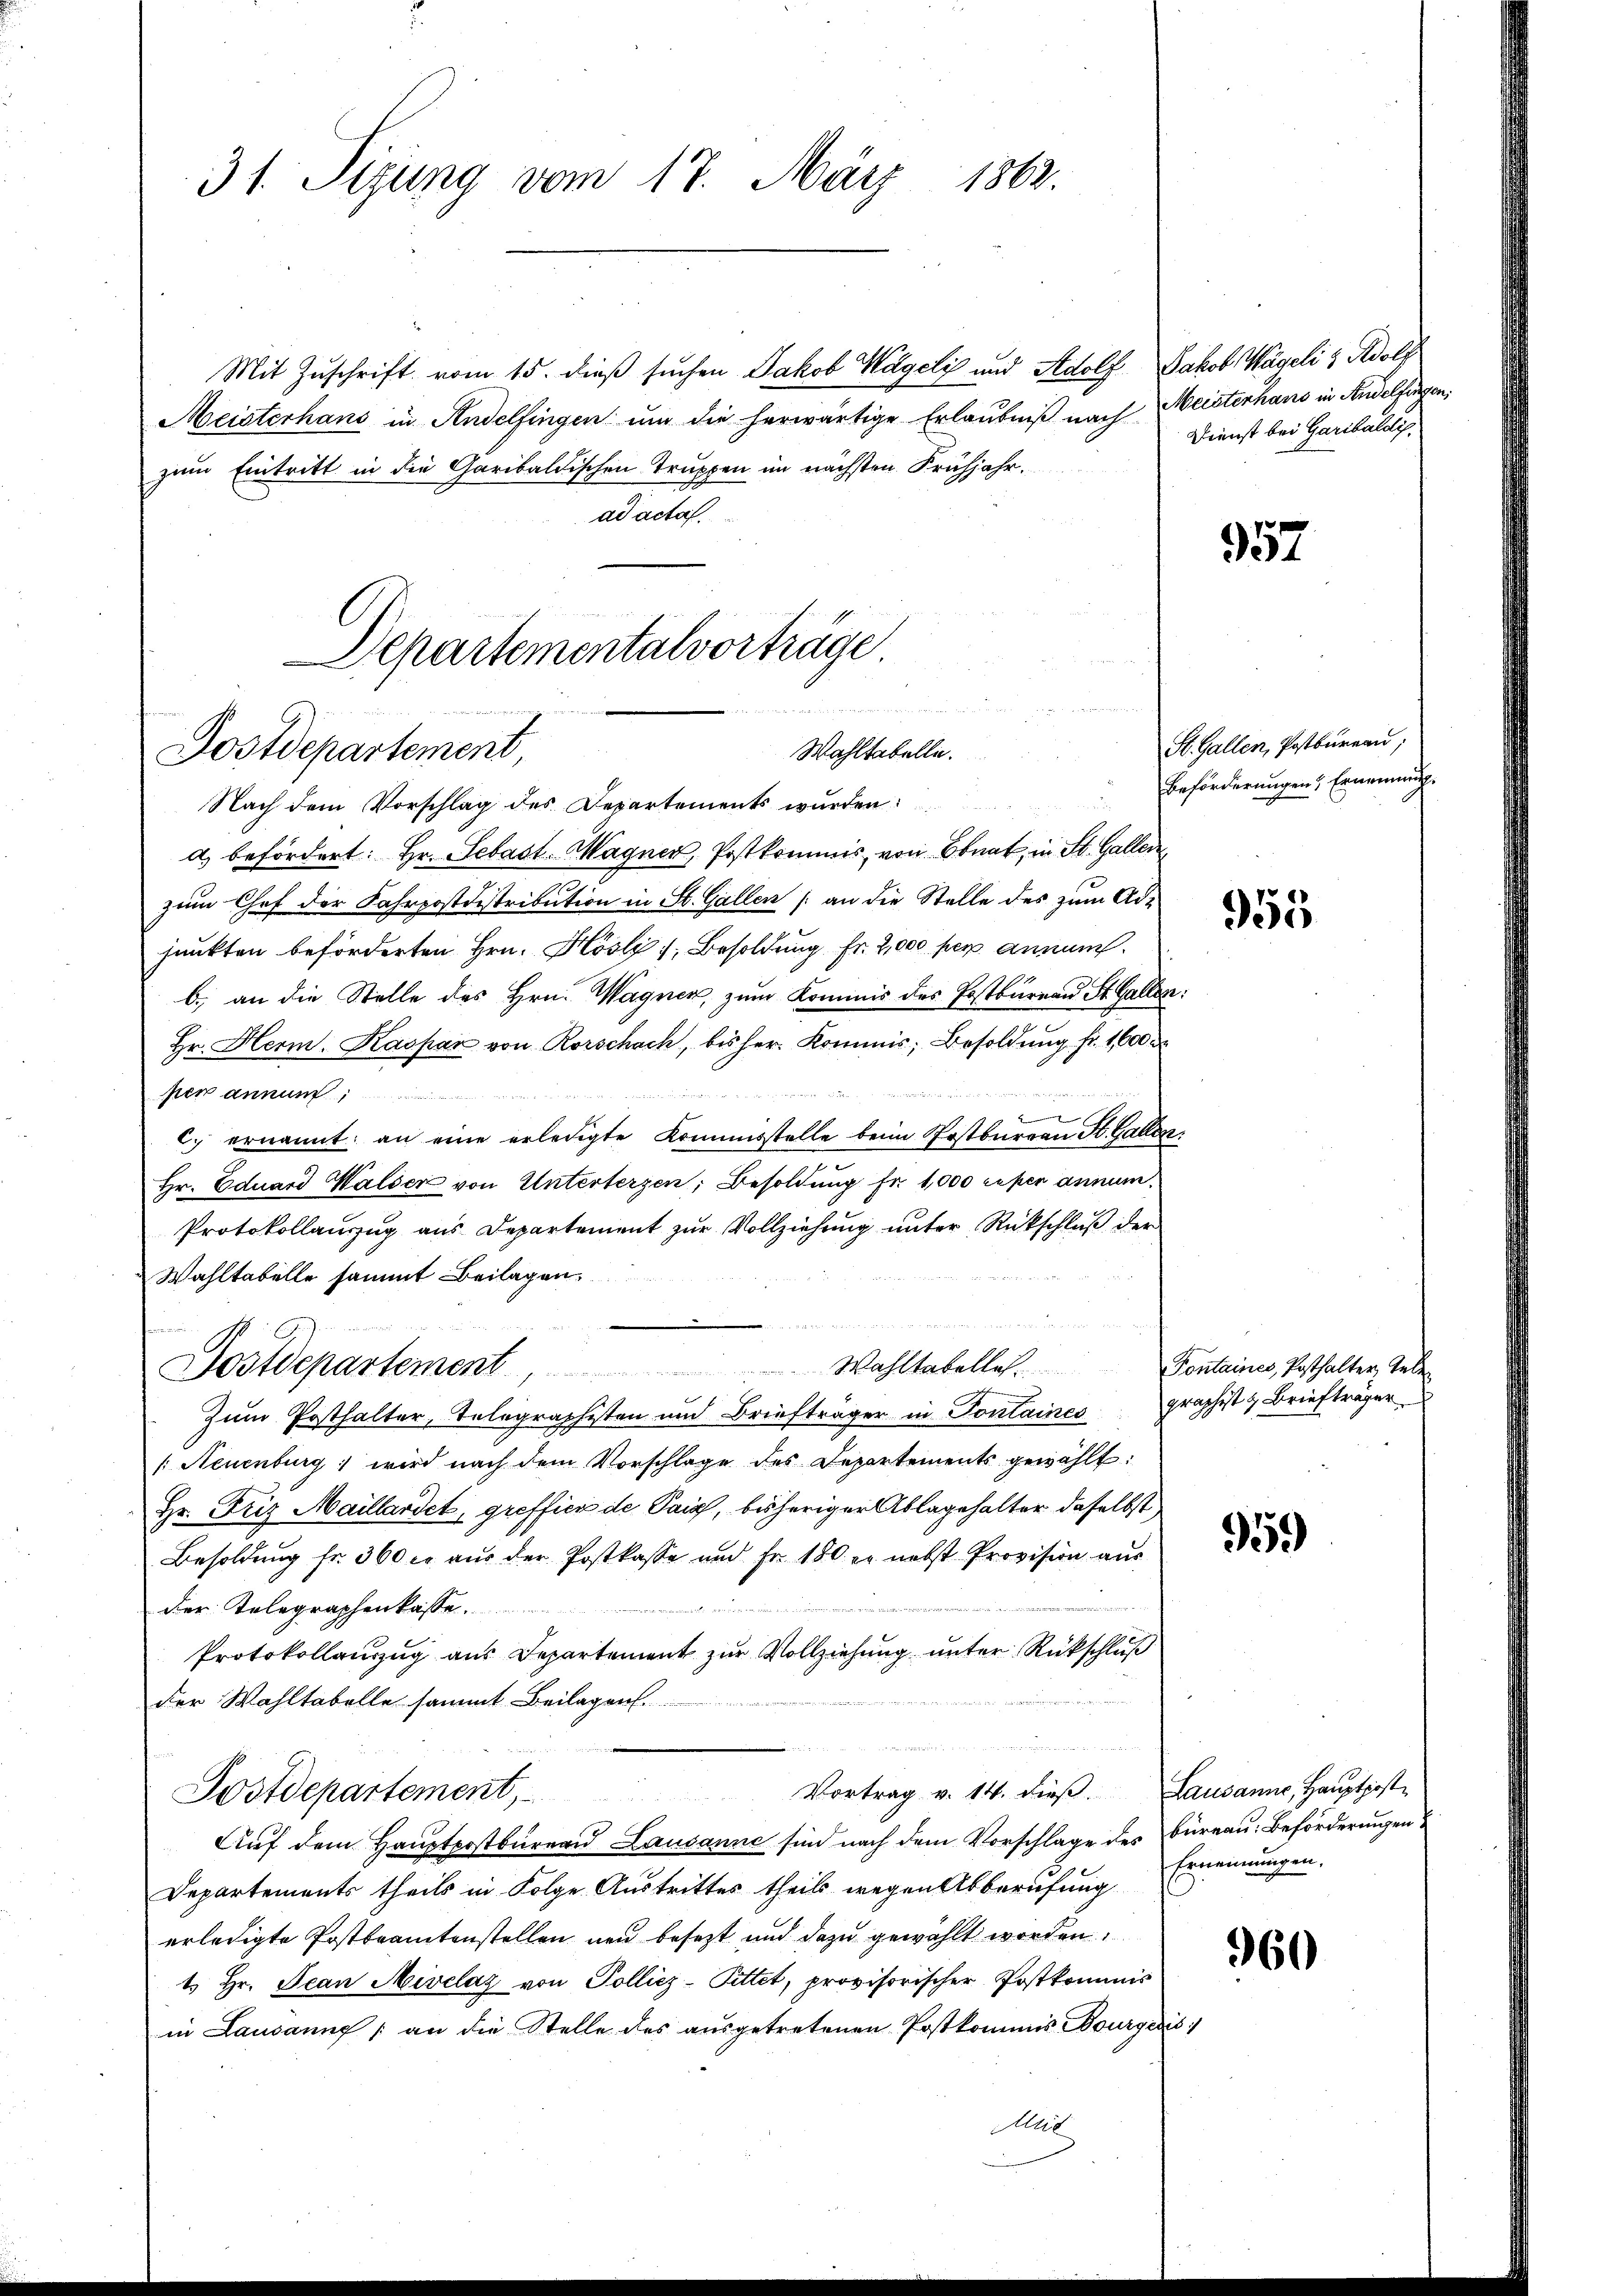
31. Sizung vom 17. März 1862.

Mit Zuschrift vom 15. dieß suchen Jakob Wägeli und Adolf
Meisterhans in Andelfingen um die herwärtige Erlaubniß nach
zum Eintritt in die Garibaldischen Truppen im nächsten Frühjahr.
ad acta.

Departementalvorträge
Wahltabelle.
Postdepartement,
Nach dem Vorschlag des Departements wurden:

Postdepartement

Wahltabelles

a) befördert: Hr. Sebast. Magner, Postkommis, von Bonat, in St. Gallen
zum Chef der Fahrpostdistribution in St. Gallen (an die Stelle des zum Adjunkten beförderten Hrn. Hösli v. Besoldung fr. 2,000 per annam
b.) an die Stelle des Hrn. Wagner, zum Kommis des Postbureau St. Gallen:
Hr. Herm. Kaspar von Rorschach, bisher. Kommis, Besoldung fr. 1600

Mer annun
f
2
c. ernannt. an eine erledigte Kommisstelle beim Postbureau St. Gallen,
Hr. Eduard Walder von Unterterzen, Besoldung fr. 1,000 reper annum
Protokollanzug aus Departement zur Vollziehung unter Rückschluß der
Wahltabelle sammt Beilagen.
Zum Posthalter, Telegraphisten und Briefträger in Fontaines graphist & Briefträger
[Neuenburg, wird nach dem Vorschlage des Departements gewählt:
Hr. Friz Maillardet, greffier de Pais, bisheriger Ablagehalter daselbst
Besoldung fr. 360 c. aus der Postkasse und Fr. 180 er nebst Provision aus
der Telegraphenkasse
Protokollanzug aus Departement zur Vollziehung unter Rückschluß
der Wahltabelle sammt Beilagen.
i
Vortrag v. 14. dieβ. Lausanne, Hauptpost¬
Postdepartement,
Auf dem Hauptpostbureau Lausanne sind nach dem Vorschlage des Büreau. Beförderungen
Departements theils in Folge Austrittes theils wegen Abberufung
erledigte Postbeamtenstellen neu besezt und dazu gewählt worden.
1. Hr. Jean Nivelaz von Pollicz-Pittet, provisorischer Postkommis
in Lausanne an die Stelle des aŭsgetretenen Postkommis Bourgeris
Mit

Jakob Wägeli 3. Adolf
Meisterhand in Andelfingen,
Dienst bei Garibaldig.

957

St. Gallen, Postbureau,
Beförderungen. Ernennunge

955

Fontaines, Posthalter, Tele

959

Ernennungen.

960